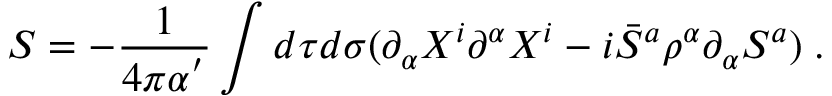
S = - \frac { 1 } { 4 \pi \alpha ^ { ' } } \int d \tau d \sigma ( \partial _ { \alpha } X ^ { i } \partial ^ { \alpha } X ^ { i } - i \bar { S } ^ { a } \rho ^ { \alpha } \partial _ { \alpha } S ^ { a } ) \; .